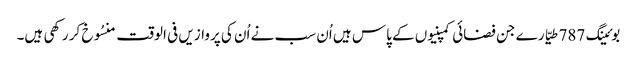
بوئینگ 787 طیّارے جن فضائی کمپنیوں کے پاس ہیں اُن سب نے اُن کی پروازیں فی الوقت منسُوخ کر رکھی ہیں۔